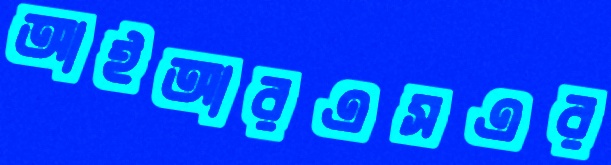
আইআরএসএর